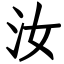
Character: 汝